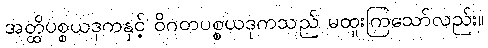
အတ္ထိပစ္စယဒုကနှင့် ဝိဂတပစ္စယဒုကသည် မထူးကြသော်လည်း။